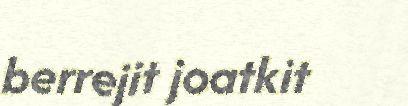
berrejit joatkit